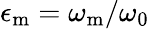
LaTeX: \epsilon_{\mathrm{m}}=\omega_{\mathrm{m}}/\omega_{0}